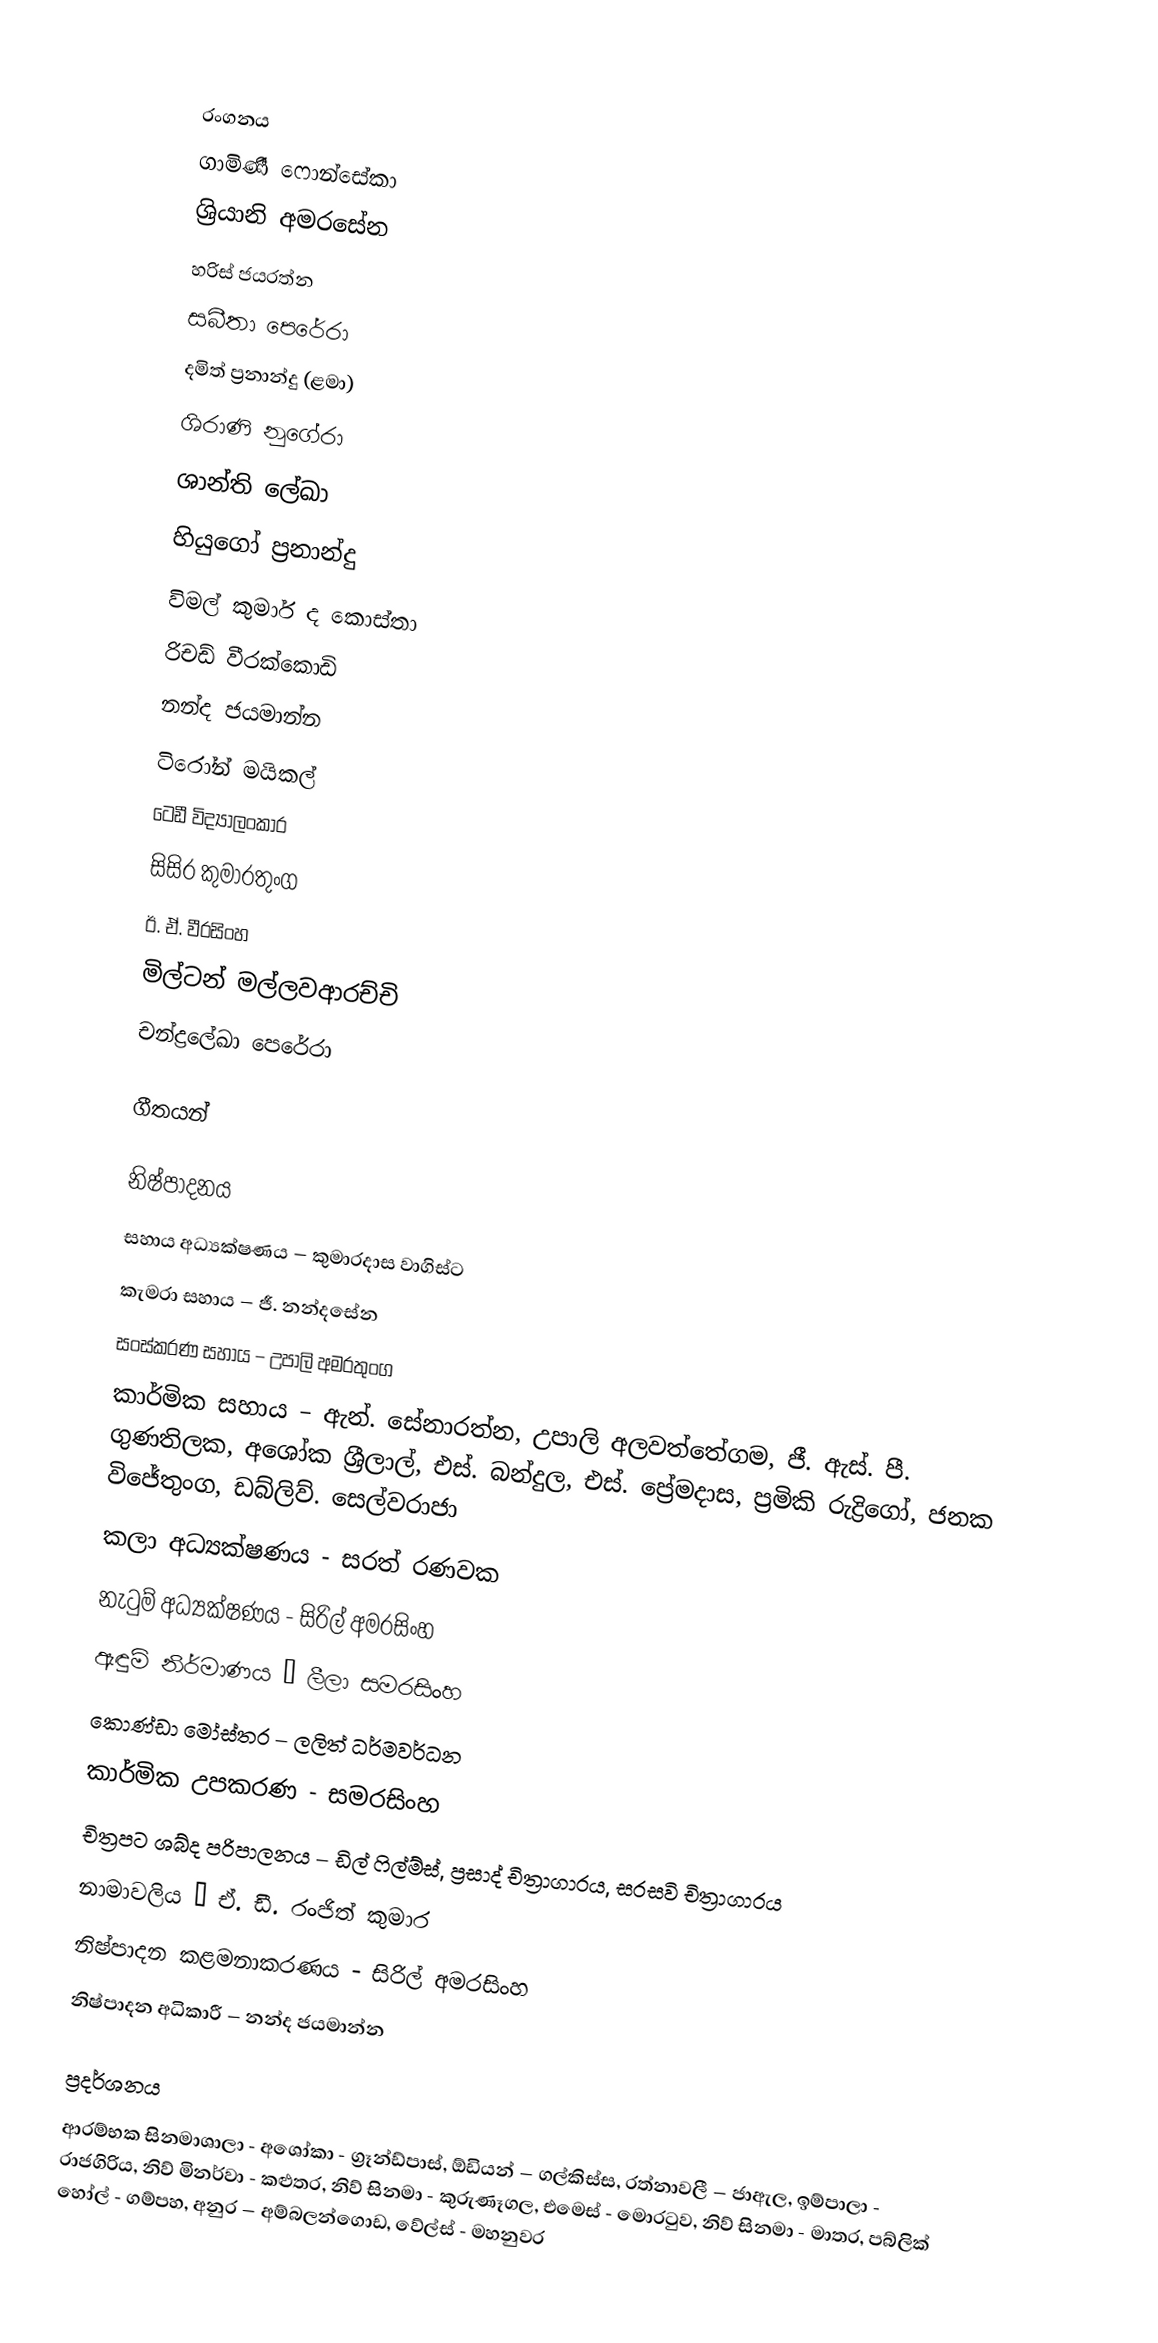

රංගනය
ගාමිණී ෆොන්සේකා
ශ්‍රියානි අමරසේන
හරිස් ජයරත්න
සබීතා පෙරේරා
දමිත් ප්‍රනාන්දු (ළමා)
ශිරාණි නුගේරා
ශාන්ති ලේඛා
හියුගෝ ප්‍රනාන්දු
විමල් කුමාර් ද කොස්තා
රිචඩ් වීරක්කොඩි
නන්ද ජයමාන්න
ටිරෝන් මයිකල්
ටෙඩී විද්‍යාලංකාර
සිසිර කුමාරතුංග
ඊ. ඒ. වීරසිංහ
මිල්ටන් මල්ලවආරච්චි
චන්ද්‍රලේඛා පෙරේරා

ගීතයන්

නිෂ්පාදනය
සහාය අධ්‍යක්ෂණය – කුමාරදාස වාගිස්ට
කැමරා සහාය – ජී. නන්දසේන
සංස්කරණ සහාය – උපාලි අමරතුංග
කාර්මික සහාය – ඇන්. සේනාරත්න, උපාලි අලවත්තේගම, ජී. ඇස්. පී. ගුණතිලක, අශෝක ශ්‍රීලාල්, එස්. බන්දුල, එස්. ප්‍රේමදාස, ප්‍රමිකි රුද්‍රිගෝ, ජනක විජේතුංග, ඩබ්ලිව්. සෙල්වරාජා
කලා අධ්‍යක්ෂණය - සරත් රණවක
නැටුම් අධ්‍යක්ෂණය - සිරිල් අමරසිංහ
ඇඳුම් නිර්මාණය – ලීලා සමරසිංහ
කොණ්ඩා මෝස්තර – ලලිත් ධර්මවර්ධන
කාර්මික උපකරණ - සමරසිංහ
චිත්‍රපට ශබ්ද පරිපාලනය – ඩිල් ෆිල්ම්ස්, ප්‍රසාද් චිත්‍රාගාරය, සරසවි චිත්‍රාගාරය
නාමාවලිය – ඒ. ඩී. රංජිත් කුමාර
නිෂ්පාදන කළමනාකරණය - සිරිල් අමරසිංහ
නිෂ්පාදන අධිකාරී – නන්ද ජයමාන්න

ප්‍රදර්ශනය
ආරම්භක සිනමාශාලා - අශෝකා - ග්‍රෑන්ඩ්පාස්, ඕඩියන් – ගල්කිස්ස, රත්නාවලී – ජාඇල, ඉම්පාලා - රාජගිරිය, නිව් මිනර්වා - කළුතර, නිව් සිනමා - කුරුණෑගල, එමෙස් - මොරටුව, නිව් සිනමා - මාතර, පබ්ලික් හෝල් - ගම්පහ, අනුර – අම්බලන්ගොඩ, වේල්ස් - මහනුවර